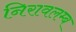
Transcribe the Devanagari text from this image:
निरावलम्ब